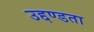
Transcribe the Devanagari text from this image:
उद्दण्डता